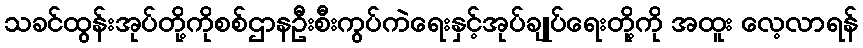
သခင်ထွန်းအုပ်တို့ကိုစစ်ဌာနဦးစီးကွပ်ကဲရေးနှင့်အုပ်ချုပ်ရေးတို့ကို အထူး လေ့လာရန်